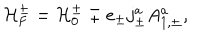
LaTeX: { \cal H } _ { \mathrm { F } } ^ { \pm } = { \cal H } _ { 0 } ^ { \pm } \mp e _ { \pm } j _ { \pm } ^ { a } A _ { 1 , \pm } ^ { a } ,